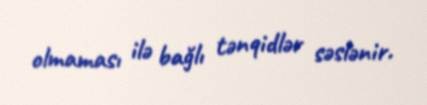
olmaması ilə bağlı tənqidlər səslənir.